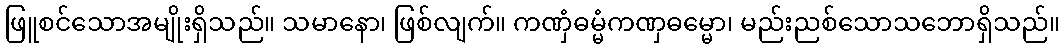
ဖြူစင်သောအမျိုးရှိသည်။ သမာနော၊ ဖြစ်လျက်။ ကဏှံဓမ္မံကဏှဓမ္မော၊ မည်းညစ်သောသဘောရှိသည်။